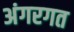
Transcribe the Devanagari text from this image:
अंगरगत